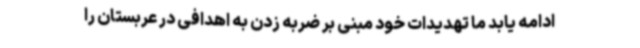
ادامه یابد ما تهدیدات خود مبنی بر ضربه زدن به اهدافی در عربستان را